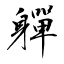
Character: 軃